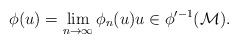
LaTeX: \begin{align*}\phi(u)=\lim_{n\rightarrow\infty}\phi_n(u) u\in\phi'^{-1}(\mathcal{M}).\end{align*}